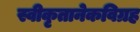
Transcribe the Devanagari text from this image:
स्वीकृतानेकविग्रह